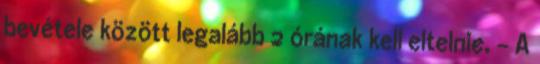
bevétele között legalább 2 órának kell eltelnie. - A